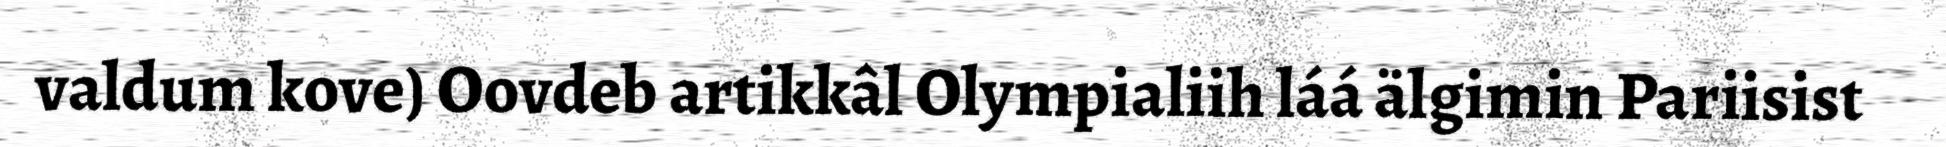
valdum kove) Oovdeb artikkâl Olympialiih láá älgimin Pariisist